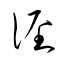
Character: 径